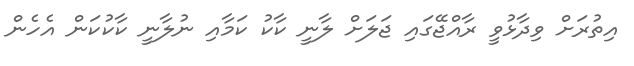
އިތުރަށް ވިދާޅުވީ ރާއްޖޭގައި ޖަލަށް ލާނީ ކާކު ކަމާއި ނުލާނީ ކާކުކަން އެހެން